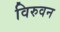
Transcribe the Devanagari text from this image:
विरुवन